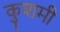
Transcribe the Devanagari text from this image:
कुशमी